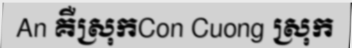
An គឺស្រុកCon Cuong ស្រុក